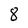
Character: 8